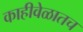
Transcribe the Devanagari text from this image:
काहीवेळातच